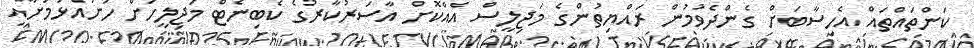
ކަންތައްތައް އެހިސާބަށް ގެންދެވުމުން ރައްޔިތުންގެ މަޖިލީސް އެއްކޮށް އާސަރުކާރުގެ ކެބިނެޓް މަޖިލީހަށް ހުށައެޅުމަށާއި